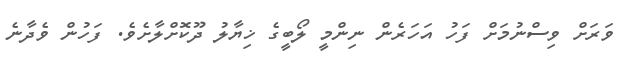
ވަރަށް ވިސްނުމަށް ފަހު އަހަރެން ނިންމީ ލޯބީގެ ޚިޔާލު ދޫކޮށްލާށެވެ. ފަހުން ވެދާނެ